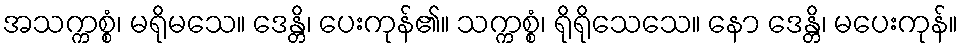
အသက္ကစ္စံ၊ မရိုမသေ။ ဒေန္တိ၊ ပေးကုန်၏။ သက္ကစ္စံ၊ ရိုရိုသေသေ။ နော ဒေန္တိ၊ မပေးကုန်။